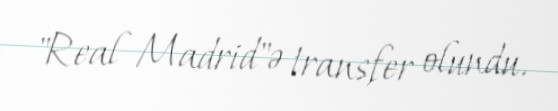
"Real Madrid"ə transfer olundu.